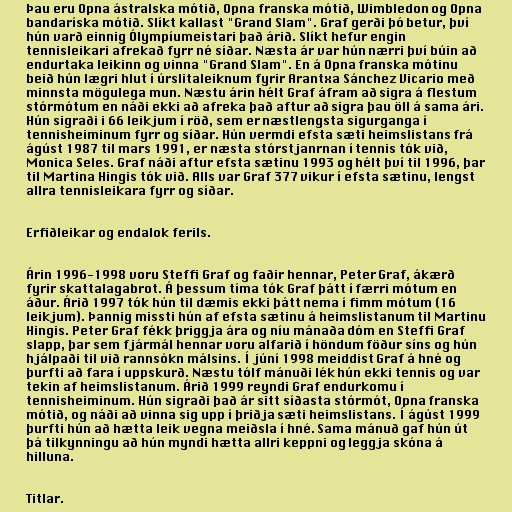
Þau eru Opna ástralska mótið, Opna franska mótið, Wimbledon og Opna
bandaríska mótið. Slíkt kallast "Grand Slam". Graf gerði þó betur, því
hún varð einnig Ólympíumeistari það árið. Slíkt hefur engin
tennisleikari afrekað fyrr né síðar. Næsta ár var hún nærri því búin að
endurtaka leikinn og vinna "Grand Slam". En á Opna franska mótinu
beið hún lægri hlut í úrslitaleiknum fyrir Arantxa Sánchez Vicario með
minnsta mögulega mun. Næstu árin hélt Graf áfram að sigra á flestum
stórmótum en náði ekki að afreka það aftur að sigra þau öll á sama ári.
Hún sigraði i 66 leikjum í röð, sem er næstlengsta sigurganga í
tennisheiminum fyrr og síðar. Hún vermdi efsta sæti heimslistans frá
ágúst 1987 til mars 1991, er næsta stórstjanrnan í tennis tók við,
Monica Seles. Graf náði aftur efsta sætinu 1993 og hélt því til 1996, þar
til Martina Hingis tók við. Alls var Graf 377 vikur í efsta sætinu, lengst
allra tennisleikara fyrr og síðar.

Erfiðleikar og endalok ferils.

Árin 1996-1998 voru Steffi Graf og faðir hennar, Peter Graf, ákærð
fyrir skattalagabrot. Á þessum tíma tók Graf þátt í færri mótum en
áður. Árið 1997 tók hún til dæmis ekki þátt nema í fimm mótum (16
leikjum). Þannig missti hún af efsta sætinu á heimslistanum til Martinu
Hingis. Peter Graf fékk þriggja ára og níu mánaða dóm en Steffi Graf
slapp, þar sem fjármál hennar voru alfarið í höndum föður síns og hún
hjálpaði til við rannsókn málsins. Í júní 1998 meiddist Graf á hné og
þurfti að fara í uppskurð. Næstu tólf mánuði lék hún ekki tennis og var
tekin af heimslistanum. Árið 1999 reyndi Graf endurkomu í
tennisheiminum. Hún sigraði það ár sitt síðasta stórmót, Opna franska
mótið, og náði að vinna sig upp í þriðja sæti heimslistans. Í ágúst 1999
þurfti hún að hætta leik vegna meiðsla í hné. Sama mánuð gaf hún út
þá tilkynningu að hún myndi hætta allri keppni og leggja skóna á
hilluna.

Titlar.